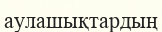
аулашықтардың